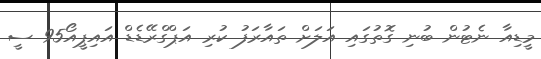
މީޑިއާ ނެޓުން ބުނި ގޮތުގައި އަލަށް ތައާރަފު ކުރި އަޕްގްރޭޑެޑް އައިޕީއޯ95 ސީ